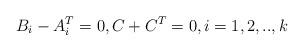
LaTeX: \begin{align*}B_i-A_i^T=0, C+C^T = 0, i=1,2,..,k\end{align*}